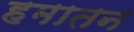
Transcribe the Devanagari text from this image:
हमातन